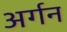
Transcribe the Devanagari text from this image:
अर्गन